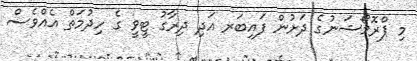
މި ޕްރޮމޯޝަނުގެ ދަށުން ފައިބަރ އަދި ދިރާގު ޓީވީ ގެ ހިދުމަތް އެއްވެސް